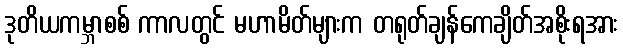
ဒုတိယကမ္ဘာစစ် ကာလတွင် မဟာမိတ်များက တရုတ်ချန်ကေချိတ်အစိုးရအား